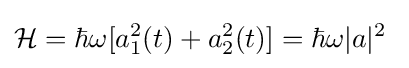
{\mathcal {H}}=\hbar \omega [a_{1}^{2}(t)+a_{2}^{2}(t)]=\hbar \omega |a|^{2}\